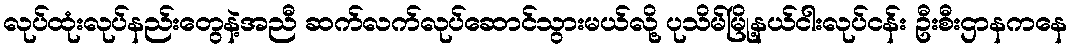
လုပ်ထုံးလုပ်နည်းတွေနဲ့အညီ ဆက်လက်လုပ်ဆောင်သွားမယ်လို့ ပုသိမ်မြို့နယ်ငါးလုပ်ငန်း ဦးစီးဌာနကနေ